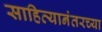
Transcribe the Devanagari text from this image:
साहित्यानंतरच्या